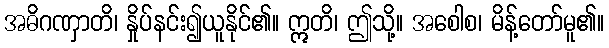
အဓိဂဏှာတိ၊ နှိုပ်နင်း၍ယူနိုင်၏။ ဣတိ၊ ဤသို့။ အစေါစ၊ မိန့်တော်မူ၏။